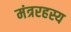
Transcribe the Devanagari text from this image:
मंत्ररहस्य